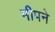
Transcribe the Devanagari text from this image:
मीपने